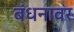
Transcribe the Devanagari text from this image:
बंधनावर